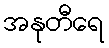
အနုတီရေ